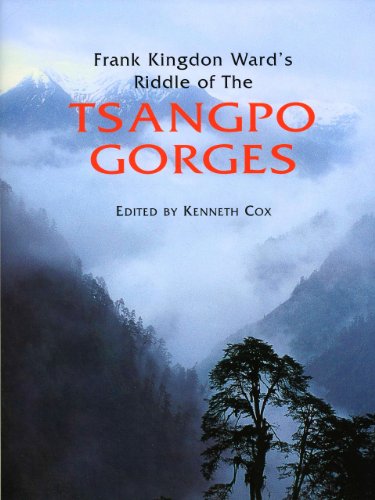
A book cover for Frank Kingdon Ward's Riddle Of The Tsangpo Gorges; Kenneth Cox; Travel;